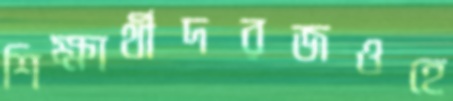
শিক্ষার্থীদরজওহে